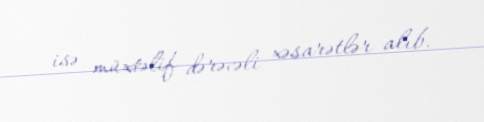
isə müxtəlif dərəcəli xəsarətlər alıb.